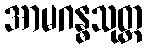
အာမဂန္ဓသုတ္တ